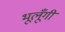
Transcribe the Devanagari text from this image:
भूलूँगी